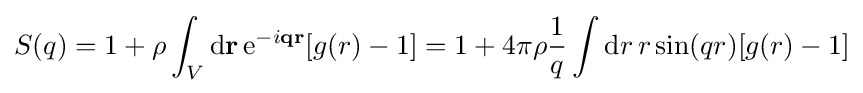
S(q)=1+\rho \int _{V}\mathrm {d} \mathbf {r} \,\mathrm {e} ^{-i\mathbf {q} \mathbf {r} }[g(r)-1]=1+4\pi \rho {\frac {1}{q}}\int \mathrm {d} r\,r\,\mathrm {sin} (qr)[g(r)-1]